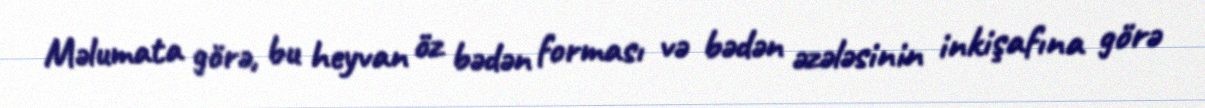
Məlumata görə, bu heyvan öz bədən forması və bədən əzələsinin inkişafına görə